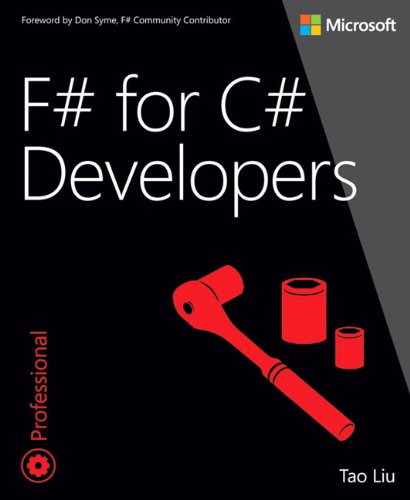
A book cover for F# for C# Developers (Developer Reference); Tao Liu; Computers & Technology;